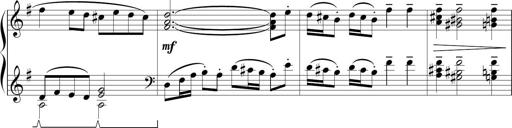
Title: Sonatina in E minor
Composer: Shuwen Zhang
Key: E minor